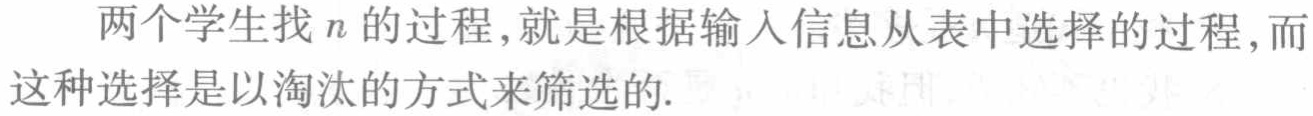
两个学生找\(n\)的过程,就是根据输入信息从表中选择的过程,而这种选择是以淘汰的方式来筛选的.